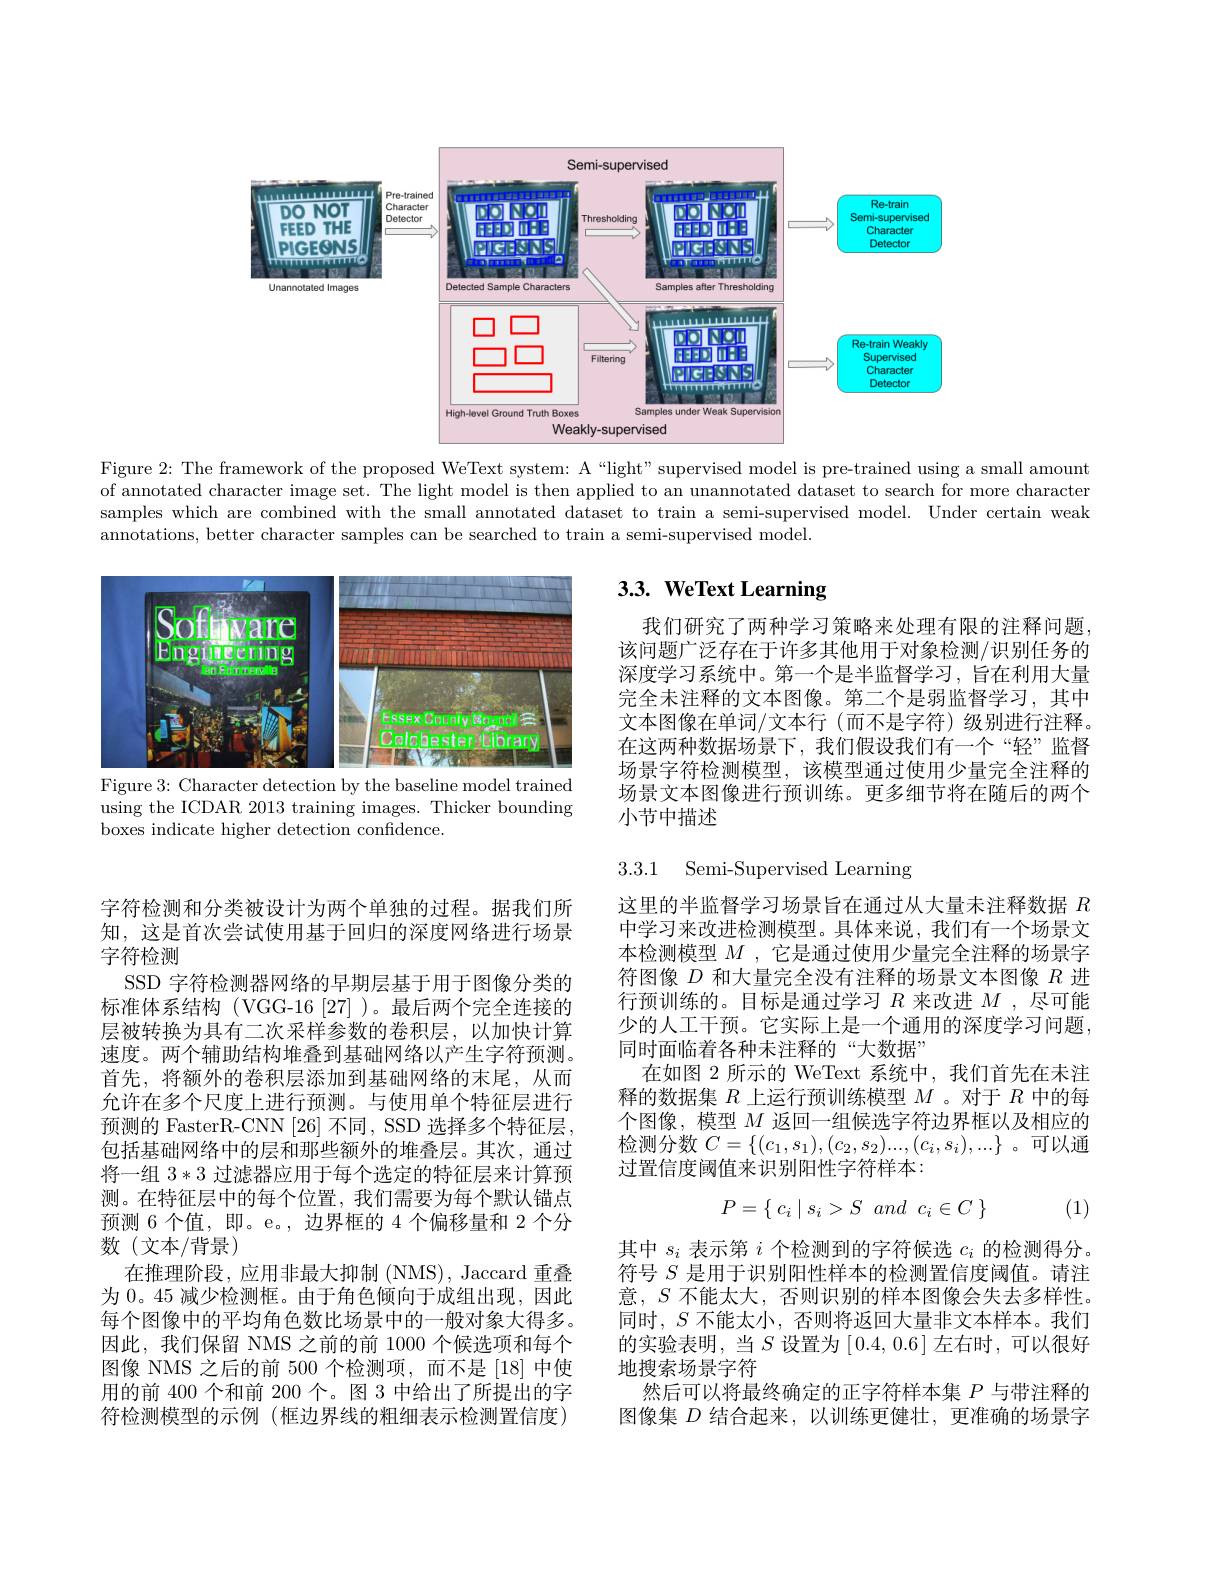
<FigureHere>

Figure 2: The framework of the proposed WeText system: A“light”supervised model is pre-trained using a small amount of annotated character image set. The light model is then applied to an unannotated dataset to search for more character samples which are combined with the small annotated dataset to train a semi-supervised model. Under certain weak annotations, better character samples can be searched to train a semi-supervised model.

# 3.3. WeText Learning

<FigureHere>
Figure 3: Character detection by the baseline model trained

我们研究了两种学习策略来处理有限的注释问题该问题广泛存在于许多其他用于对象检测/识别任务的深度学习系统中。第一个是半监督学习，旨在利用大量完全未注释的文本图像。第二个是弱监督学习，其中文本图像在单词/文本行(而不是字符)级别进行注释。在这两种数据场景下，我们假设我们有一个“轻”监督场景字符检测模型，该模型通过使用少量完全注释的场景文本图像进行预训练。更多细节将在随后的两个小节中描述

using the ICDAR 2013 training images. Thicker bounding
boxes indicate higher detection confidence.

3.3.1 Semi-Supervised Learning

这里的半监督学习场景旨在通过从大量未注释数据$R$ 中学习来改进检测模型。具体来说，我们有一个场景文本检测模型$M$ ,它是通过使用少量完全注释的场景字符图像$D$和大量完全没有注释的场景文本图像$R$进行预训练的。目标是通过学习$R$来改进$M$ ,尽可能少的人工干预。它实际上是一个通用的深度学习问题， 同时面临着各种未注释的“大数据”
在如图 2 所示的 WeText 系统中，我们首先在未注释的数据集$R$上运行预训练模型$M$ 。对于$R$中的每个图像，模型$M$返回一组候选字符边界框以及相应的检测分数$C=\{(c_1,s_1),(c_2,s_2)...,(c_i,s_i),...\}$ 。可以通过置信度阈值来识别阳性字符样本：

字符检测和分类被设计为两个单独的过程。据我们所知，这是首次尝试使用基于回归的深度网络进行场景字符检测
SSD 字符检测器网络的早期层基于用于图像分类的标准体系结构(VGG-16[27])。最后两个完全连接的层被转换为具有二次采样参数的卷积层，以加快计算速度。两个辅助结构堆叠到基础网络以产生字符预测。首先，将额外的卷积层添加到基础网络的末尾，从而允许在多个尺度上进行预测。与使用单个特征层进行预测的 FasterR-CNN[26]不同，SSD 选择多个特征层。包括基础网络中的层和那些额外的堆叠层。其次，通过将一组3*3过滤器应用于每个选定的特征层来计算预测。在特征层中的每个位置，我们需要为每个默认锚点预测 6 个值，即。e。, 边界框的 4 个偏移量和 2 个分数(文本/背景)
在推理阶段，应用非最大抑制 (NMS), Jaccard 重叠为 0。45 减少检测框。由于角色倾向于成组出现，因此每个图像中的平均角色数比场景中的一般对象大得多。因此，我们保留 NMS 之前的前 1000 个候选项和每个图像 NMS 之后的前 500 个检测项，而不是[18]中使用的前 400 个和前 200 个。图 3 中给出了所提出的字符检测模型的示例(框边界线的粗细表示检测置信度)
$$P=\{\begin{array}{ccc}c_i&s_i>S&and&c_i\in C\end{array}\}$$
(1)

其中$s_i$表示第$i$个检测到的字符候选$c_i$的检测得分。符号$S$是用于识别阳性样本的检测置信度阈值。请注意，$S$不能太大，否则识别的样本图像会失去多样性。同时，$S$不能太小，否则将返回大量非文本样本。我们的实验表明，当$S$ 设置为[0.4,0.6]左右时，可以很好地搜索场景字符
然后可以将最终确定的正字符样本集$P$与带注释的图像集$D$结合起来，以训练更健壮，更准确的场景字